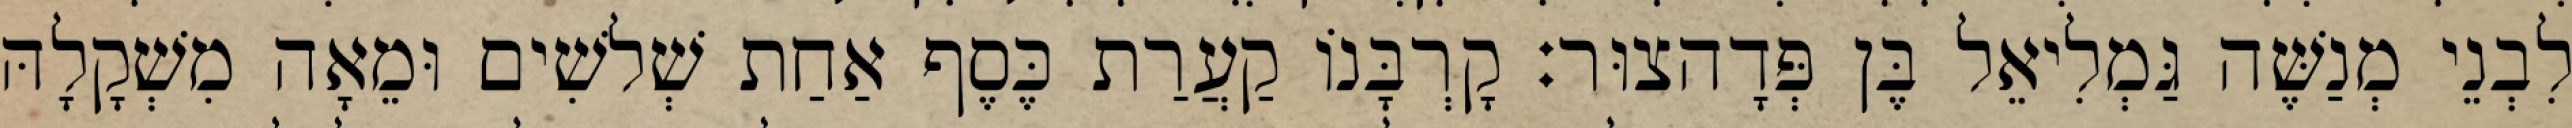
לִבְנֵי מְנַשֶּׁה גַּמְלִיאֵל בֶּן פְּדָהצוּר׃ קָרְבָּנוֹ קַעֲרַת כֶּסֶף אַחַת שְׁלשִׁים וּמֵאָה מִשְׁקָלָהּ